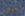
يجلبون